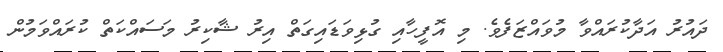
ދައުރު އަދާކުރައްވާ މުވައްޒަފެވެ. މި އޮފީހާއި ގުޅިވަޑައިގަތް އިރު ޝާކިރު މަސައްކަތް ކުރައްވަމުން